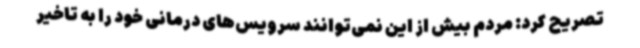
تصریح کرد: مردم بیش از این نمی‌توانند سرویس‌های درمانی خود را به تاخیر